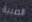
الصبية